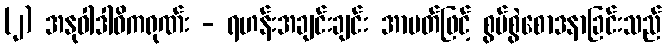
(၂) အနုဝါဒါဓိကရုဏ်း - ရဟန်းအချင်းချင်း အာပတ်ဖြင့် စွပ်စွဲစောဒနာခြင်းသည်